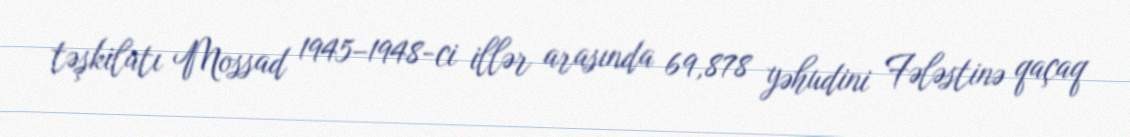
təşkilatı Mossad 1945–1948-ci illər arasında 69,878 yəhudini Fələstinə qaçaq